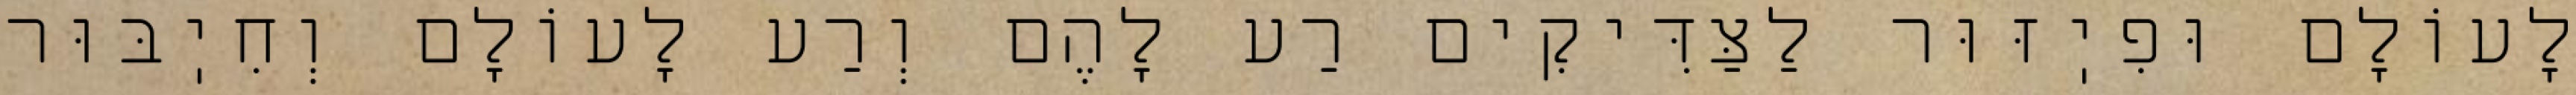
לָעוֹלָם וּפִיֽזּוּר לַצַּדִּיקִים רַע לָהֶם וְרַע לָעוֹלָם וְחִיֽבּוּר